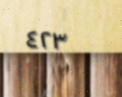
٤٢٣